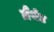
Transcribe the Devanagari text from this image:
ज़ैंथेट